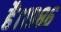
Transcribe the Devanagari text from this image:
है।१९८६